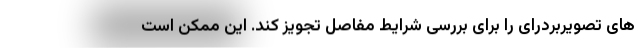
های تصویربردرای را برای بررسی شرایط مفاصل تجویز کند. این ممکن است